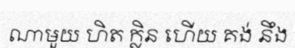
ណាមួយ ហិត ក្លិន ហើយ គង់ នឹង